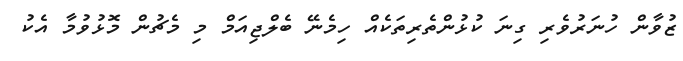
ޒުވާން ހުނަރުވެރި ގިނަ ކުޅުންތެރިތަކެއް ހިމެނޭ ބެލްޖިއަމް މި މެޗުން މޮޅުވުމާ އެކު